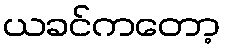
ယခင်ကတော့